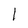
Character: 1